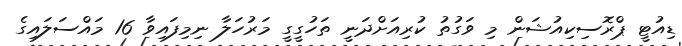
ޑިއުޓީ ޕްރޮސިކިއުޝަން މި ވަގުތު ކުރިއަށްދަނީ ތަހުގީގީ މަރުހަލާ ނިމިފައިވާ 16 މައްސަލައިގެ